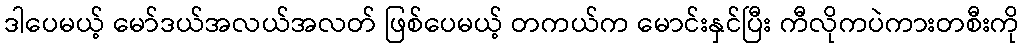
ဒါပေမယ့် မော်ဒယ်အလယ်အလတ် ဖြစ်ပေမယ့် တကယ်က မောင်းနှင်ပြီး ကီလိုကပဲကားတစီးကို